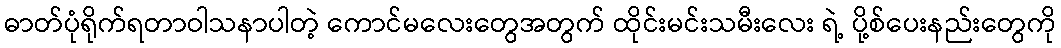
ဓာတ်ပုံရိုက်ရတာဝါသနာပါတဲ့ ကောင်မလေးတွေအတွက် ထိုင်းမင်းသမီးလေး ရဲ့ ပို့စ်ပေးနည်းတွေကို